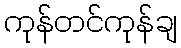
ကုန်တင်ကုန်ချ